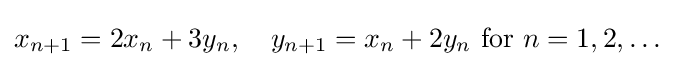
x_{n+1}=2x_{n}+3y_{n},\quad y_{n+1}=x_{n}+2y_{n}{\text{ for }}n=1,2,\ldots